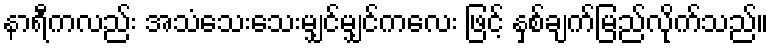
နာရီကလည်း အသံသေးသေးမျှင်မျှင်ကလေး ဖြင့် နှစ်ချက်မြည်လိုက်သည်။